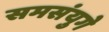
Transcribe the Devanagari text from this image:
समसंयुगे